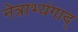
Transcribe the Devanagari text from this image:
नेत्राभ्यंगाद्